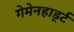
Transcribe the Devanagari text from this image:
गेमेनहार्ड्ट